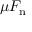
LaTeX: \mu F _ { \mathrm { n } }